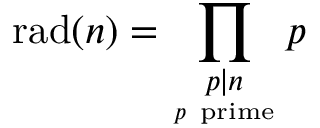
\displaystyle \mathrm { r a d } ( n ) = \prod _ { \scriptstyle p \mid n \atop p { \mathrm { ~ p r i m e } } } p